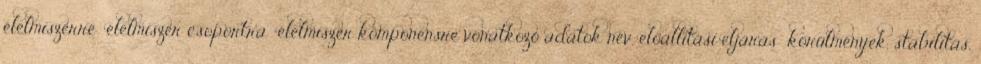
élelmiszerre élelmiszer csoportra élelmiszer komponensre vonatkozó adatok név, előállítási eljárás körülmények, stabilitás,